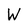
Character: W